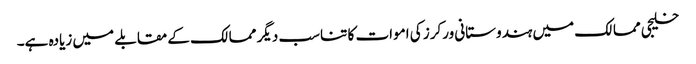
خلیجی ممالک میں ہندوستانی ورکرز کی اموات کا تناسب دیگر ممالک کے مقابلے میں زیادہ ہے۔